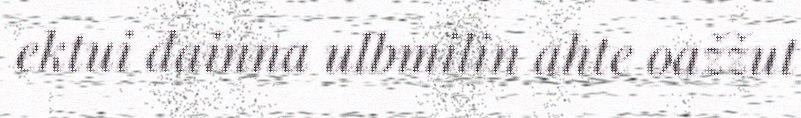
ektui dainna ulbmilin ahte oažžut